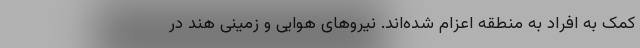
کمک به افراد به منطقه اعزام شده‌اند. نیروهای هوایی و زمینی هند در